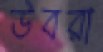
উবরা